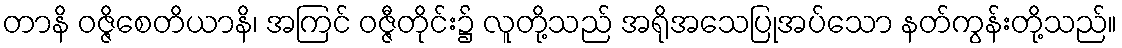
တာနိ ဝဇ္ဇိစေတိယာနိ၊ အကြင် ဝဇ္ဇီတိုင်း၌ လူတို့သည် အရိုအသေပြုအပ်သော နတ်ကွန်းတို့သည်။